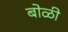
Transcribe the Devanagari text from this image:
बोळी